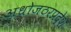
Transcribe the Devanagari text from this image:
अधोजठरप्रदेश